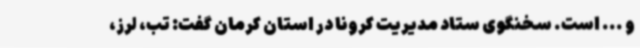
و ... است. سخنگوی ستاد مدیریت کرونا در استان کرمان گفت: تب، لرز،